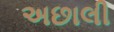
અછાલી